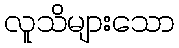
လူသိများသော